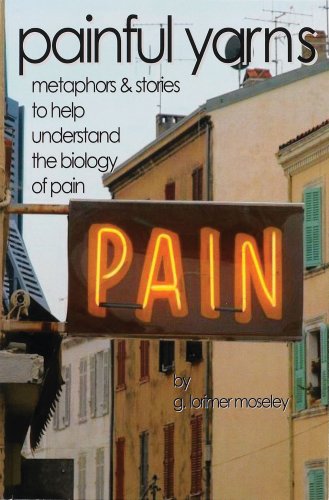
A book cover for Painful Yarns (8318); Lorimer Moseley; Health, Fitness & Dieting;